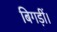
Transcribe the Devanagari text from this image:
बिगड़ीं।